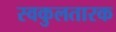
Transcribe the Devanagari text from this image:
स्वकुलतारक